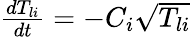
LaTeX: \begin{array}{r}{\frac{dT_{li}}{dt}=-C_{i}\sqrt{T_{li}}}\end{array}